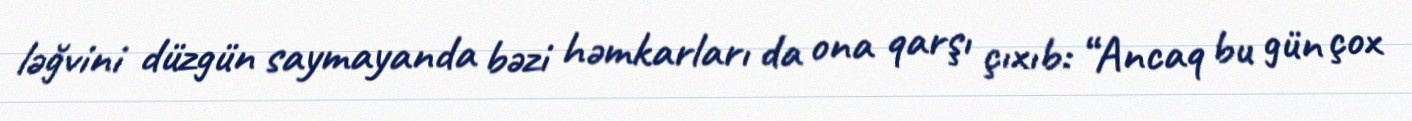
ləğvini düzgün saymayanda bəzi həmkarları da ona qarşı çıxıb: “Ancaq bu gün çox